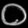
Digit: ၀